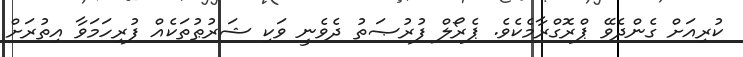
ކުރިއަށް ގެންދެވޭ ޕްރޮގްރާމެކެވެ. ޕެރޯލް ފުރުޞަތު ދެވެނީ ވަކި ޝަރުޠުތަކެއް ފުރިހަމަވާ އިތުރަށް